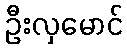
ဦးလှမောင်